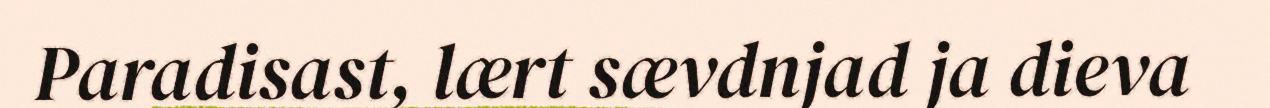
Paradisast, lært sævdnjad ja dieva